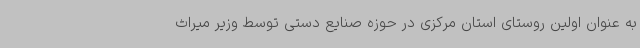
به عنوان اولین روستای استان مرکزی در حوزه صنایع دستی توسط وزیر میراث